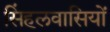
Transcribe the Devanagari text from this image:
सिंहलवासियों